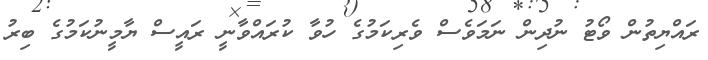
ރައްޔިތުން ވޯޓު ނުދިން ނަމަވެސް ވެރިކަމުގެ ހުވާ ކުރައްވާނީ ރައީސް ޔާމީނުކަމުގެ ބިރު